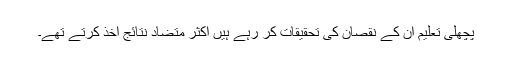
پچھلی تعلیم ان کے نقصان کی تحقیقات کر رہے ہیں اکثر متضاد نتائج اخذ کرتے تھے۔